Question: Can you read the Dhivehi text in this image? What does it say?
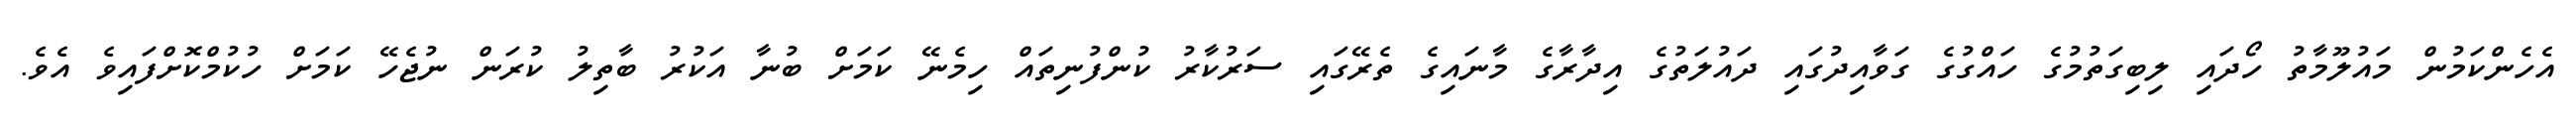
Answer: އެހެންކަމުން މައުލޫމާތު ހޯދައި ލިބިގަތުމުގެ ހައްގުގެ ގަވާއިދުގައި ދައުލަތުގެ އިދާރާގެ މާނައިގެ ތެރޭގައި ސަރުކާރު ކުންފުނިތައް ހިމެނޭ ކަމަށް ބުނާ އަކުރު ބާތިލު ކުރަން ނުޖެހޭ ކަމަށް ހުކުމްކޮށްފައިވެ އެވެ.